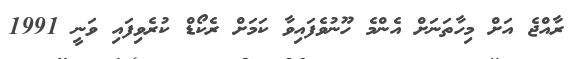
ރާއްޖެ އަށް މިހާތަނަށް އެންމެ ހޫނުވެފައިވާ ކަމަށް ރެކޯޑް ކުރެވިފައި ވަނީ 1991